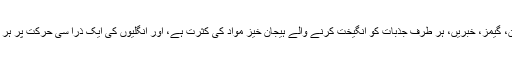
اس وقت ٹی وی، انٹرنیٹ، فکشن، گیمز، خبریں، ہر طرف جذبات کو انگیخت کرنے والے ہیجان خیز مواد کی کثرت ہے، اور انگلیوں کی ایک ذرا سی حرکت پر ہر قسم کا مواد بآسانی دستیاب ہے۔